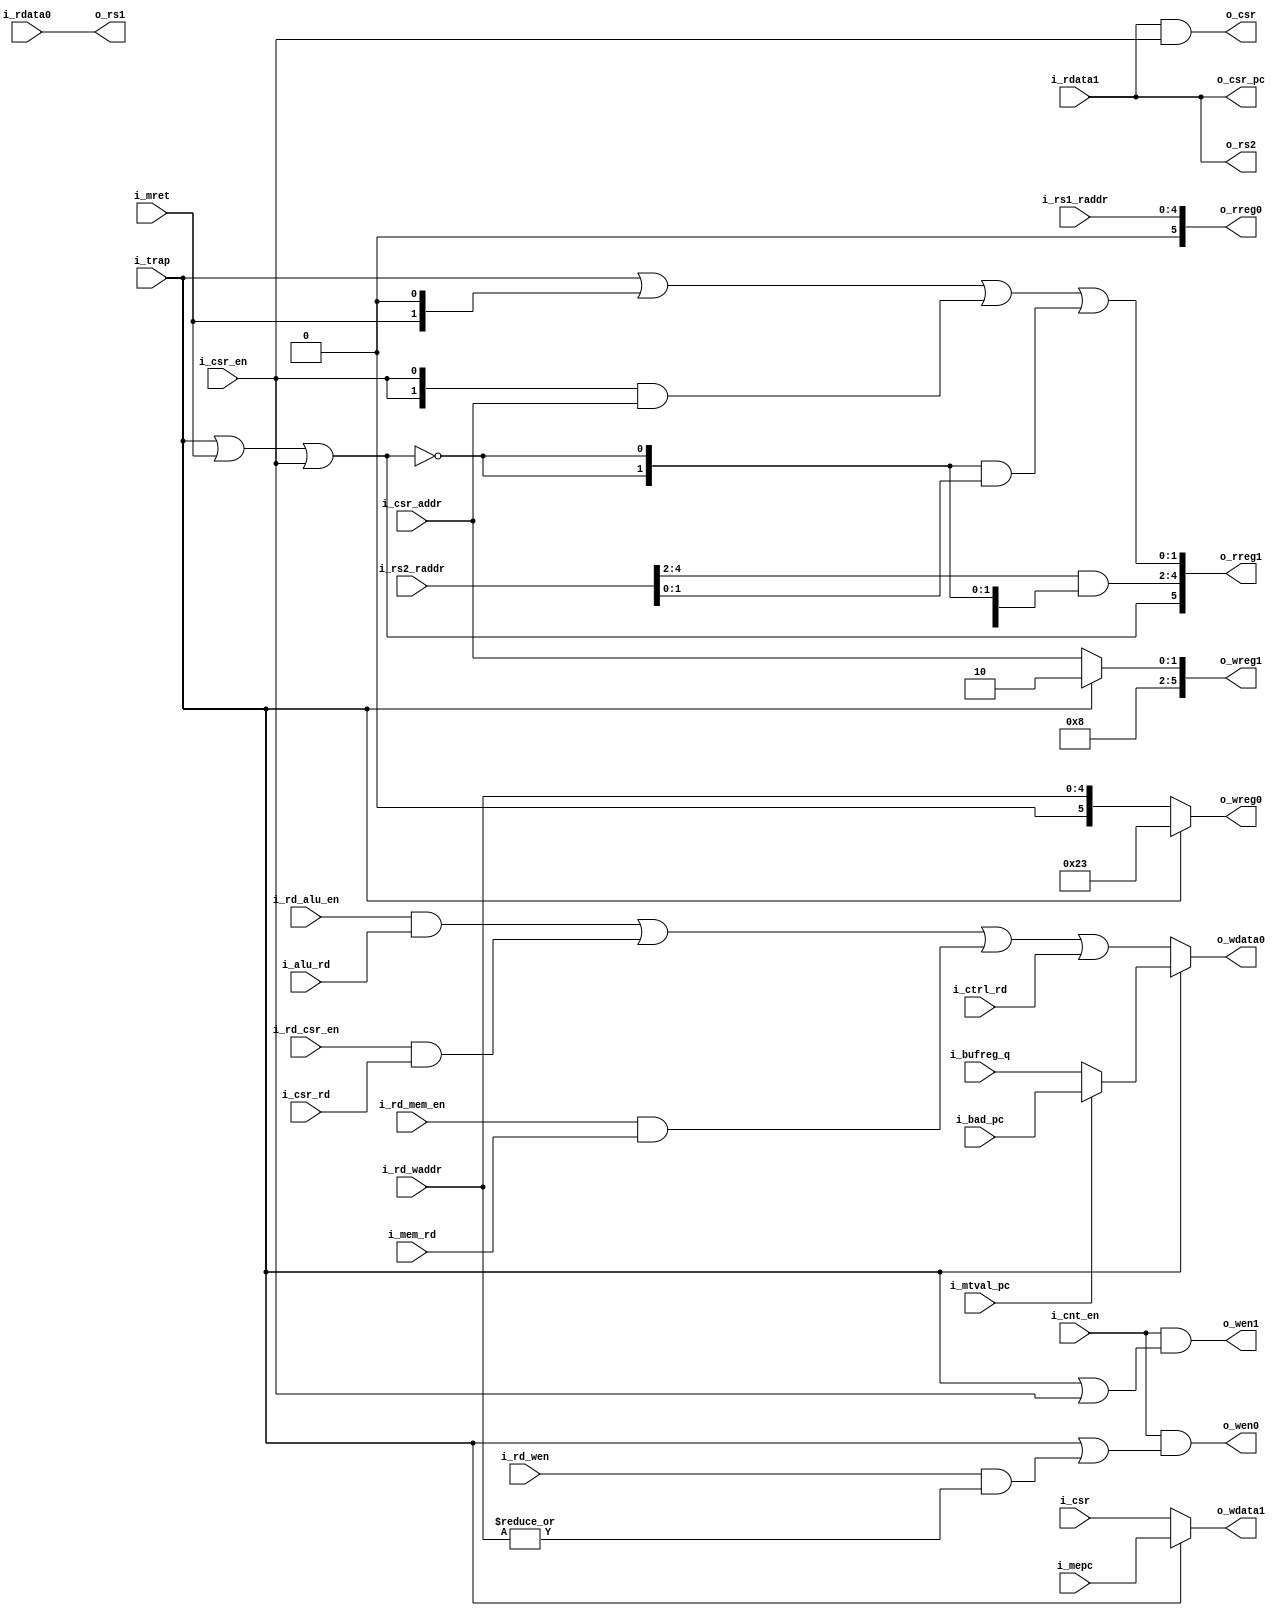
// This program was cloned from: https://github.com/olofk/tt07test
// License: Apache License 2.0

`default_nettype none
module serv_rf_if
  #(parameter WITH_CSR = 1,
    parameter W = 1,
    parameter B = W-1
  )
  (//RF Interface
   input wire 		      i_cnt_en,
   output wire [4+WITH_CSR:0] o_wreg0,
   output wire [4+WITH_CSR:0] o_wreg1,
   output wire 		      o_wen0,
   output wire 		      o_wen1,
   output wire [B:0]  o_wdata0,
   output wire [B:0]  o_wdata1,
   output wire [4+WITH_CSR:0] o_rreg0,
   output wire [4+WITH_CSR:0] o_rreg1,
   input wire  [B:0] i_rdata0,
   input wire  [B:0] i_rdata1,

   //Trap interface
   input wire 		      i_trap,
   input wire 		      i_mret,
   input wire [B:0] i_mepc,
   input wire                      i_mtval_pc,
   input wire [B:0] i_bufreg_q,
   input wire [B:0] i_bad_pc,
   output wire [B:0] o_csr_pc,
   //CSR interface
   input wire 		      i_csr_en,
   input wire [1:0] 	      i_csr_addr,
   input wire [B:0] i_csr,
   output wire [B:0] o_csr,
   //RD write port
   input wire 		      i_rd_wen,
   input wire [4:0] 	      i_rd_waddr,
   input wire [B:0] i_ctrl_rd,
   input wire [B:0] i_alu_rd,
   input wire 		      i_rd_alu_en,
   input wire [B:0] i_csr_rd,
   input wire 		      i_rd_csr_en,
   input wire [B:0] i_mem_rd,
   input wire 		      i_rd_mem_en,

   //RS1 read port
   input wire [4:0] 	      i_rs1_raddr,
   output wire [B:0] o_rs1,
   //RS2 read port
   input wire [4:0] 	      i_rs2_raddr,
   output wire [B:0] o_rs2);


   /*
    ********** Write side ***********
    */

   wire 	     rd_wen = i_rd_wen & (|i_rd_waddr);

   generate
   if (|WITH_CSR) begin : gen_csr
   wire [B:0] rd =
       {W{i_rd_alu_en}} & i_alu_rd |
       {W{i_rd_csr_en}} & i_csr_rd |
       {W{i_rd_mem_en}} & i_mem_rd |
                       i_ctrl_rd;

   wire [B:0]  mtval = i_mtval_pc ? i_bad_pc : i_bufreg_q;

   assign 	     o_wdata0 = i_trap ? mtval  : rd;
   assign	     o_wdata1 = i_trap ? i_mepc : i_csr;

   /* Port 0 handles writes to mtval during traps and rd otherwise
    * Port 1 handles writes to mepc during traps and csr accesses otherwise
    *
    * GPR registers are mapped to address 0-31 (bits 0xxxxx).
    * Following that are four CSR registers
    * mscratch 100000
    * mtvec    100001
    * mepc     100010
    * mtval    100011
    */

   assign o_wreg0 = i_trap ? {6'b100011} : {1'b0,i_rd_waddr};
   assign o_wreg1 = i_trap ? {6'b100010} : {4'b1000,i_csr_addr};

   assign       o_wen0 = i_cnt_en & (i_trap | rd_wen);
   assign       o_wen1 = i_cnt_en & (i_trap | i_csr_en);

   /*
    ********** Read side ***********
    */

   //0 : RS1
   //1 : RS2 / CSR

   assign o_rreg0 = {1'b0, i_rs1_raddr};

   /*
    The address of the second read port (o_rreg1) can get assigned from four
    different sources

    Normal operations : i_rs2_raddr
    CSR access        : i_csr_addr
    trap              : MTVEC
    mret              : MEPC

    Address 0-31 in the RF are assigned to the GPRs. After that follows the four
    CSRs on addresses 32-35

    32 MSCRATCH
    33 MTVEC
    34 MEPC
    35 MTVAL

    The expression below is an optimized version of this logic
    */
   wire sel_rs2 = !(i_trap | i_mret | i_csr_en);
   assign o_rreg1 = {~sel_rs2,
		     i_rs2_raddr[4:2] & {3{sel_rs2}},
		     {1'b0,i_trap} | {i_mret,1'b0} | ({2{i_csr_en}} & i_csr_addr) | ({2{sel_rs2}} & i_rs2_raddr[1:0])};

   assign o_rs1 = i_rdata0;
   assign o_rs2 = i_rdata1;
   assign o_csr = i_rdata1 & {W{i_csr_en}};
   assign o_csr_pc = i_rdata1;

   end else begin : gen_no_csr
      wire [B:0] rd = (i_ctrl_rd) |
          i_alu_rd  & {W{i_rd_alu_en}} |
          i_mem_rd  & {W{i_rd_mem_en}};

      assign 	     o_wdata0 = rd;
      assign	     o_wdata1 = {W{1'b0}};

      assign o_wreg0 = i_rd_waddr;
      assign o_wreg1 = 5'd0;

      assign       o_wen0 = i_cnt_en & rd_wen;
      assign       o_wen1 = 1'b0;

   /*
    ********** Read side ***********
    */

      assign o_rreg0 = i_rs1_raddr;
      assign o_rreg1 = i_rs2_raddr;

      assign o_rs1 = i_rdata0;
      assign o_rs2 = i_rdata1;
      assign o_csr = {W{1'b0}};
      assign o_csr_pc = {W{1'b0}};
   end // else: !if(WITH_CSR)
   endgenerate
endmodule